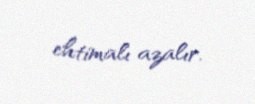
ehtimalı azalır.